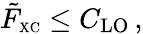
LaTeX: \tilde{F}_{\scriptscriptstyle\mathrm{XC}}\leq C_{\mathrm{LO}}\, ,